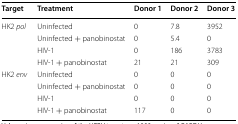
<table><thead><tr><td><b>Target</b></td><td><b>Treatment</b></td><td><b>Donor 1</b></td><td><b>Donor 2</b></td><td><b>Donor 3</b></td></tr></thead><tbody><tr><td rowspan="4">HK2 <i>pol</i></td><td>Uninfected</td><td>0</td><td>7.8</td><td>3952</td></tr><tr><td>Uninfected + panobinostat</td><td>0</td><td>5.4</td><td>0</td></tr><tr><td>HIV-1</td><td>0</td><td>186</td><td>3783</td></tr><tr><td>HIV-1 + panobinostat</td><td>21</td><td>21</td><td>309</td></tr><tr><td rowspan="4">HK2 <i>env</i></td><td>Uninfected</td><td>0</td><td>0</td><td>0</td></tr><tr><td>Uninfected + panobinostat</td><td>0</td><td>0</td><td>0</td></tr><tr><td>HIV-1</td><td>0</td><td>0</td><td>0</td></tr><tr><td>HIV-1 + panobinostat</td><td>117</td><td>0</td><td>0</td></tr></tbody></table>